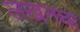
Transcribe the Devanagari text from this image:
लखनचा